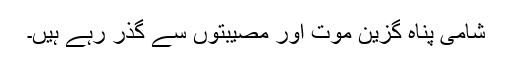
شامی پناہ گزین موت اور مصیبتوں سے گذر رہے ہیں۔